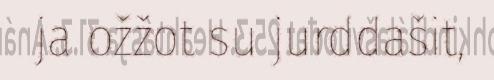
ja ožžot su jurddašit,